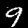
Digit: 9